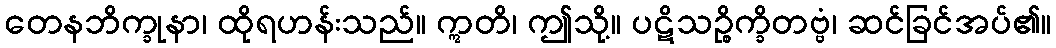
တေနဘိက္ခုနာ၊ ထိုရဟန်းသည်။ ဣတိ၊ ဤသို့။ ပဋိသဉ္စိက္ခိတဗ္ဗံ၊ ဆင်ခြင်အပ်၏။